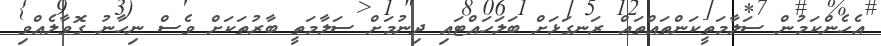
އެހެންކަމުން ސަލާމަތީކަންތައްތައް ރަނގަޅަށް ބަލަހައްޓައި ދިނުމަށް ސަލާމަތީ ބާރުތަކަށް ވެސް ނިހާނު ގޮވާލެއްވި